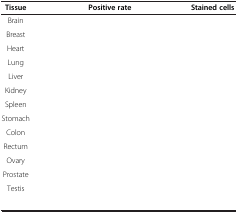
<table><thead><tr><td><b>Tissue</b></td><td><b>Positive rate</b></td><td><b>Stained cells</b></td></tr></thead><tbody><tr><td>Brain</td><td>[EMPTY_CELL]</td><td>[EMPTY_CELL]</td></tr><tr><td>Breast</td><td>[EMPTY_CELL]</td><td>[EMPTY_CELL]</td></tr><tr><td>Heart</td><td>[EMPTY_CELL]</td><td>[EMPTY_CELL]</td></tr><tr><td>Lung</td><td>[EMPTY_CELL]</td><td>[EMPTY_CELL]</td></tr><tr><td>Liver</td><td>[EMPTY_CELL]</td><td>[EMPTY_CELL]</td></tr><tr><td>Kidney</td><td>[EMPTY_CELL]</td><td>[EMPTY_CELL]</td></tr><tr><td>Spleen</td><td>[EMPTY_CELL]</td><td>[EMPTY_CELL]</td></tr><tr><td>Stomach</td><td>[EMPTY_CELL]</td><td>[EMPTY_CELL]</td></tr><tr><td>Colon</td><td>[EMPTY_CELL]</td><td>[EMPTY_CELL]</td></tr><tr><td>Rectum</td><td>[EMPTY_CELL]</td><td>[EMPTY_CELL]</td></tr><tr><td>Ovary</td><td>[EMPTY_CELL]</td><td>[EMPTY_CELL]</td></tr><tr><td>Prostate</td><td>[EMPTY_CELL]</td><td>[EMPTY_CELL]</td></tr><tr><td>Testis</td><td>[EMPTY_CELL]</td><td>[EMPTY_CELL]</td></tr><tr><td>[EMPTY_CELL]</td><td>[EMPTY_CELL]</td><td>[EMPTY_CELL]</td></tr></tbody></table>